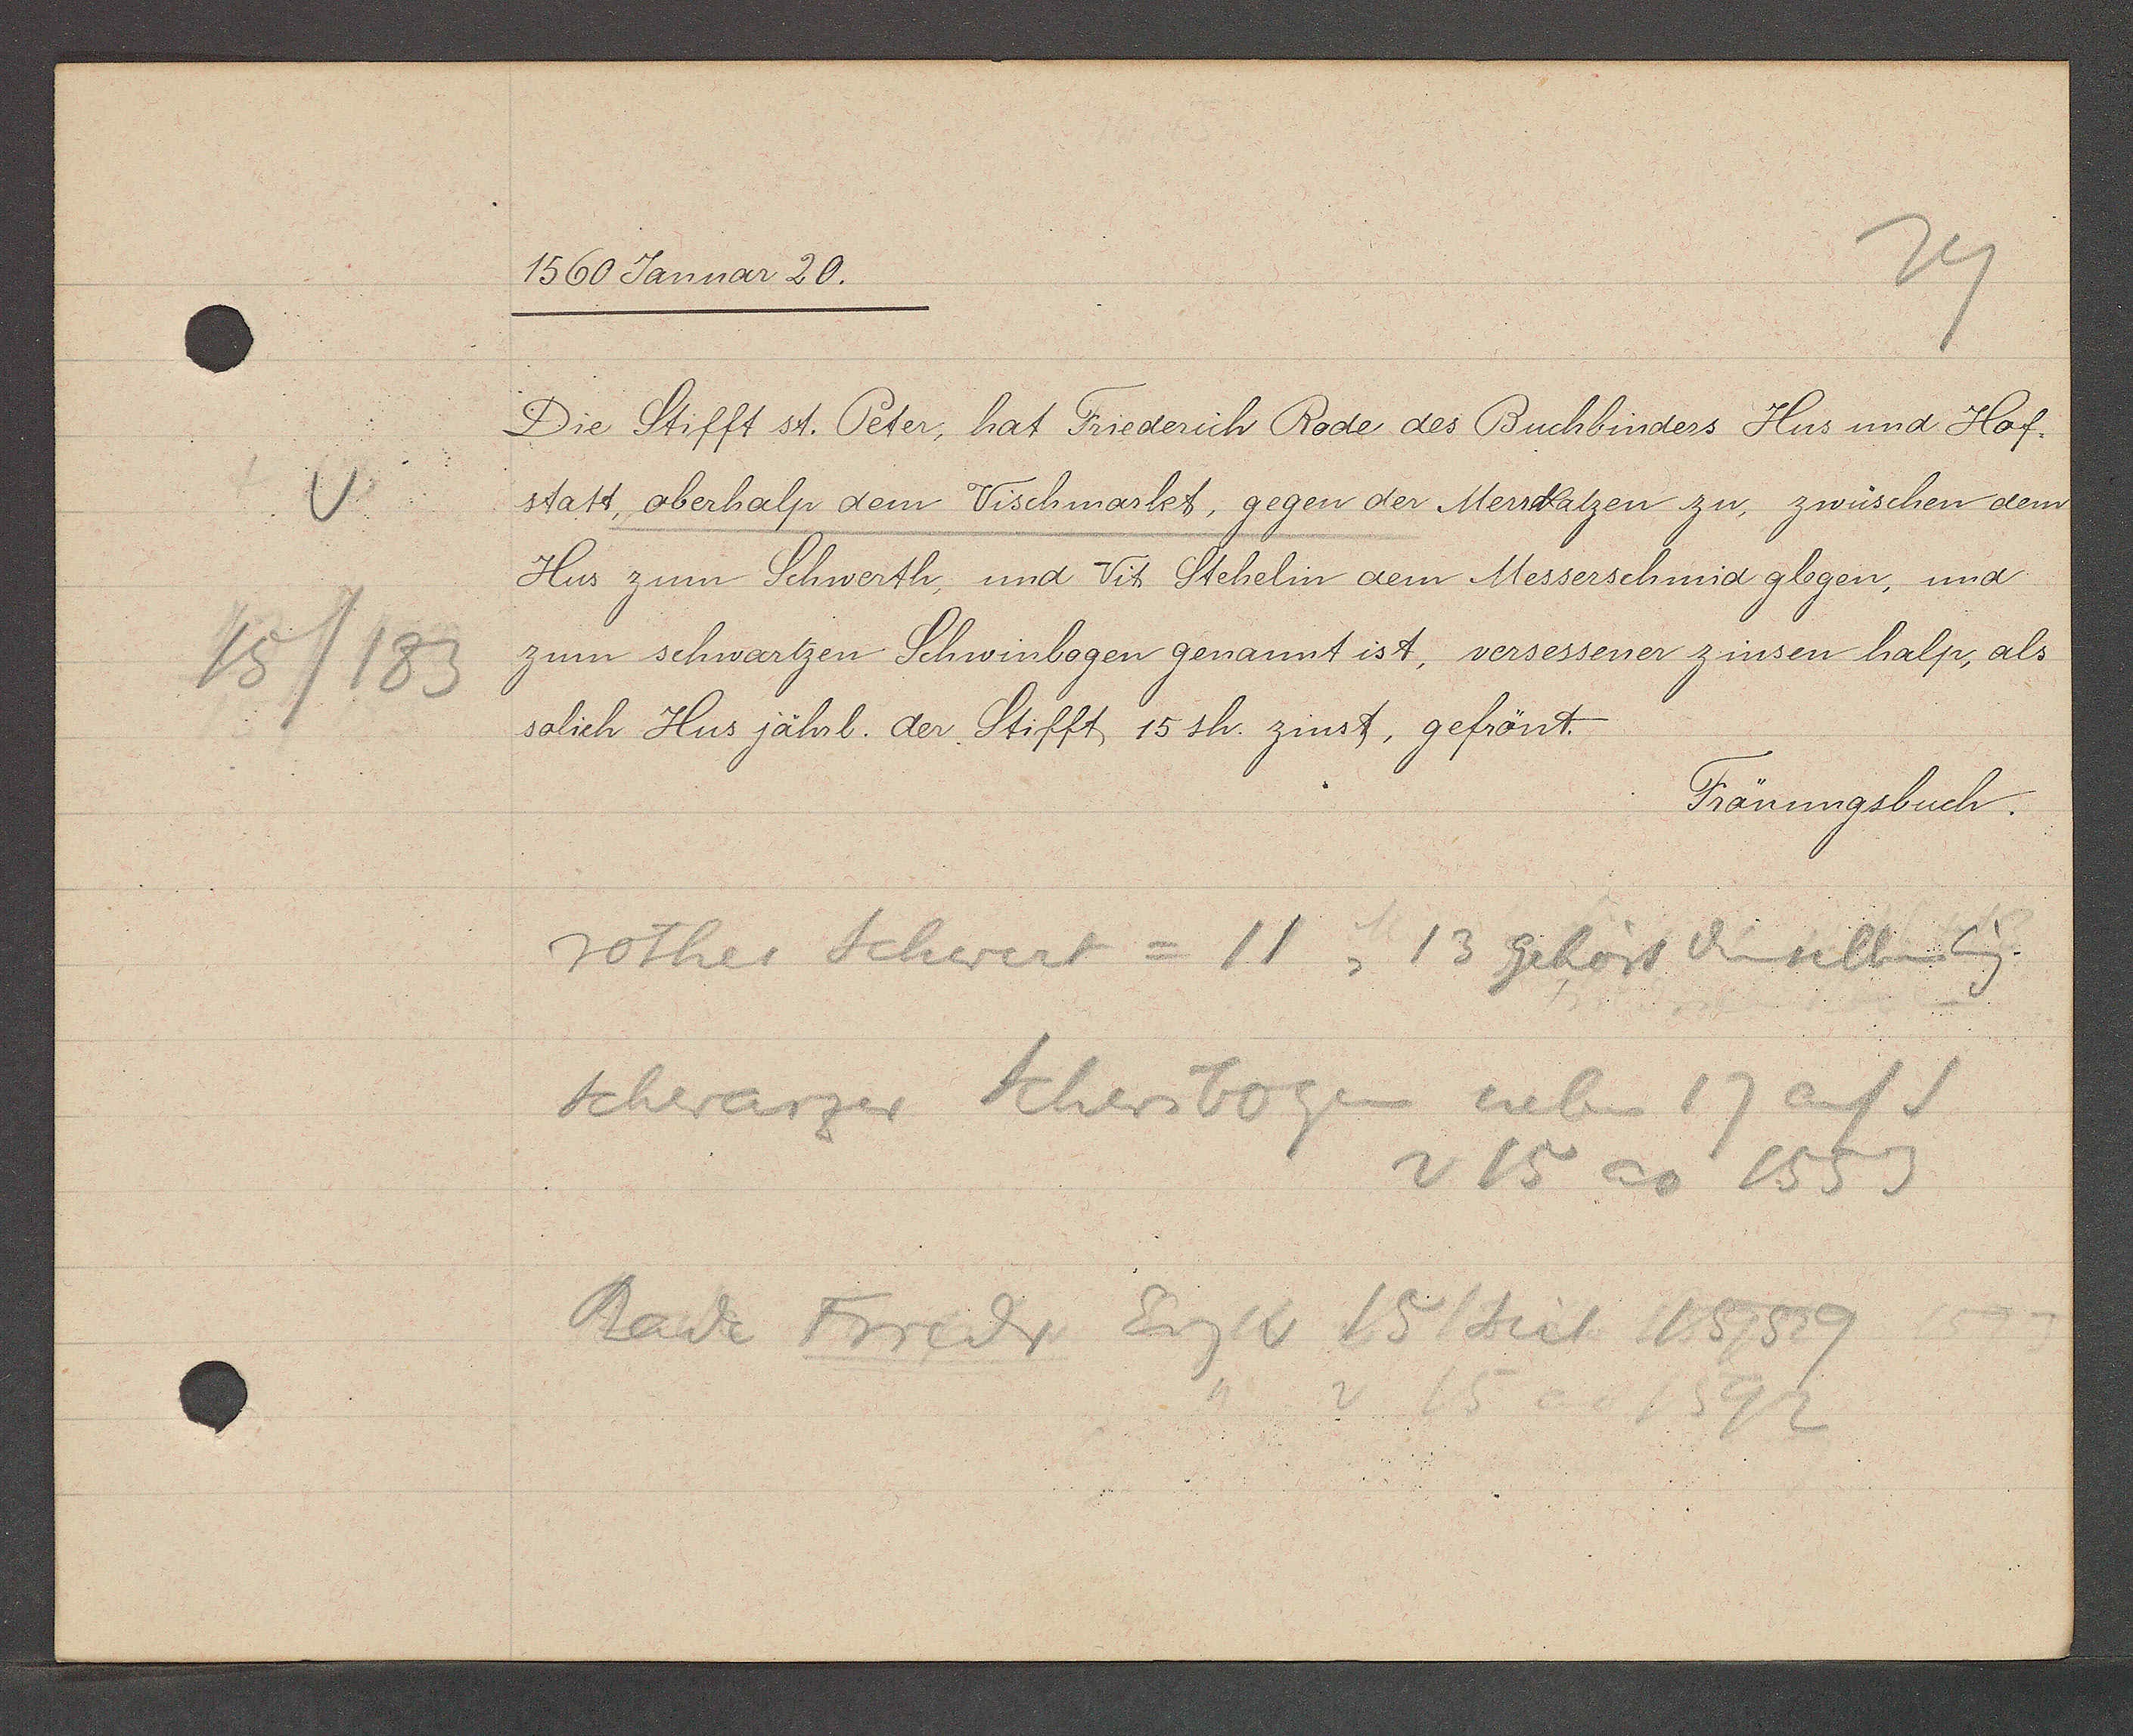
Transcript:
V
15/183

1560 Januar 20.

Die Stifft st. Peter, hat Friederich Rode des Buchbinders Hus und Hof¬
statt, oberhalp dem Vischmarkt, gegen der Merrkatzen zu, zwüschen dem
Hus zum Schwerth, und Vit Stehelin dem Messerschmid glegen, und
zum schwartzen Schwinbogen genannt ist, versessener zinsen halp, als
solich Hus jährl. der Stifft 15 sh. zinst, gefrönt.

Frönungsbuch.

rothes Schwert = 11, 13 gehört denselben Eig.
Schwarzer Schwibogen neben 17 auf S
v 15 ao 1553
Rade Friedr Eig v 15 seit 1559
v 15 ao 1592